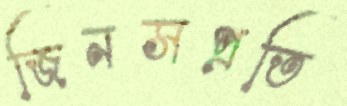
জিনসপ্রতি